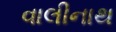
વાલીનાથ